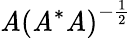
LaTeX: \mathit{A}\left(\mathit{A}^{*}\mathit{A}\right)^{-{\frac{{1}}{{2}}}}